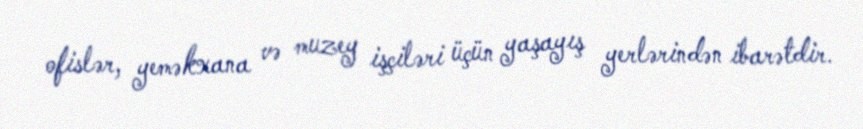
ofislər, yeməkxana və muzey işçiləri üçün yaşayış yerlərindən ibarətdir.